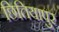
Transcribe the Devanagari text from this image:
छितियापुर